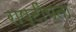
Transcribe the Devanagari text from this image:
राष्टींयता